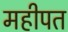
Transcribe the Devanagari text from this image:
महीपत